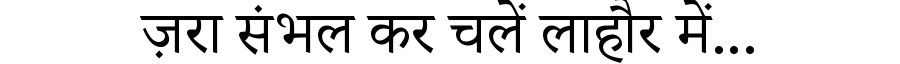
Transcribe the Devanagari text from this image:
ज़रा संभल कर चलें लाहौर में...